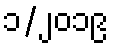
၁/၂၀၁၉